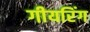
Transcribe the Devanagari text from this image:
गीयरिंग